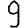
Digit: 9